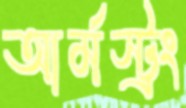
আর্মস্ট্রং